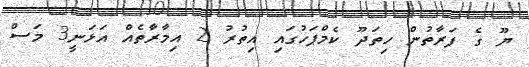
ޔޫ ގެ ފަރާތުން ހިތަދޫ ކެމްޕަހުގައި އިތުރު 2 އިމާރާތެއް އަޅަނީ3 މަސް